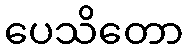
ပေသိတော